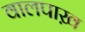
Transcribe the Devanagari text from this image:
वालपाख़